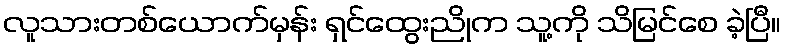
လူသားတစ်ယောက်မှန်း ရှင်ထွေးညိုက သူ့ကို သိမြင်စေ ခဲ့ပြီ။